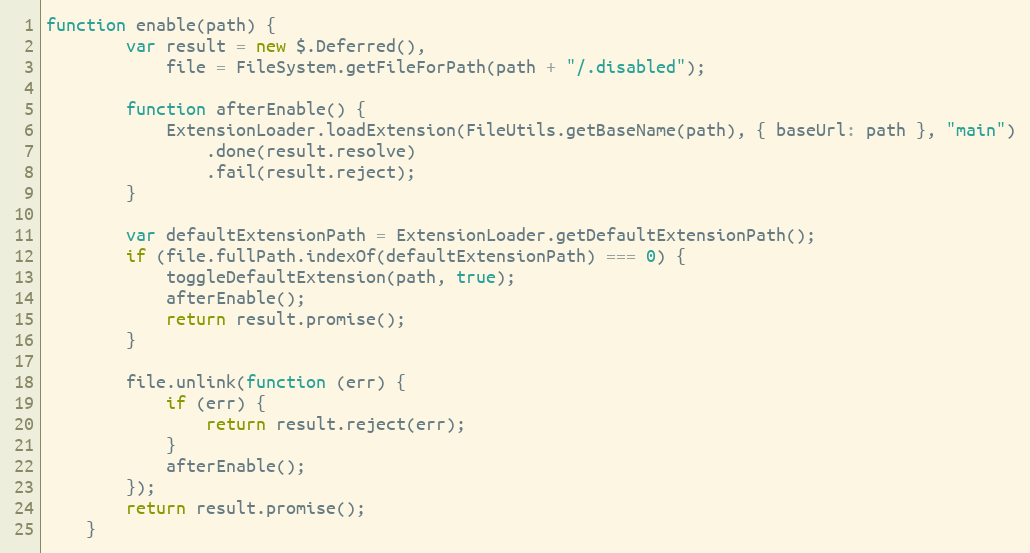
Language: JavaScript
function enable(path) {
        var result = new $.Deferred(),
            file = FileSystem.getFileForPath(path + "/.disabled");

        function afterEnable() {
            ExtensionLoader.loadExtension(FileUtils.getBaseName(path), { baseUrl: path }, "main")
                .done(result.resolve)
                .fail(result.reject);
        }

        var defaultExtensionPath = ExtensionLoader.getDefaultExtensionPath();
        if (file.fullPath.indexOf(defaultExtensionPath) === 0) {
            toggleDefaultExtension(path, true);
            afterEnable();
            return result.promise();
        }

        file.unlink(function (err) {
            if (err) {
                return result.reject(err);
            }
            afterEnable();
        });
        return result.promise();
    }